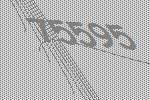
75595